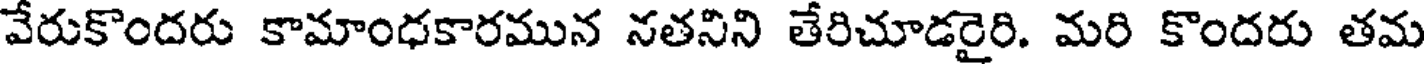
వేరుకొందరు కామాంధకారమున నతనిని తేరిచూడరైరి. మరి కొందరు తమ